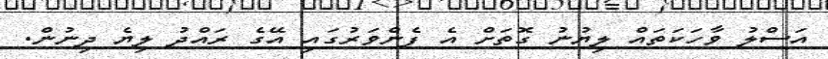
އަސްލު ވާހަކަތައް ލިޔުނު ގޮތަށް އެ ފެންވަރުގައި އޭގެ ރައްދު ލިޔެ ދިނުން.